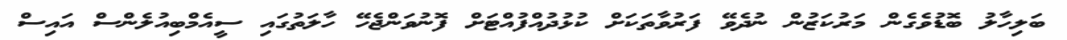
ބަލިހާލު ބޮޑުވެގެން މަރުކަޒުން ނުދެވޭ ފަރުވާތަކަށް ކުޅުދުއްފުއްޓަށް ފޮނުވަންޖެހޭ ހާލަތުގައި ސީއެމްބިއުލެންސް އައިސް